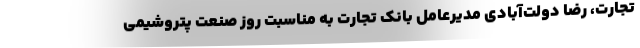
تجارت، رضا دولت‌آبادی مدیرعامل بانک تجارت به مناسبت روز صنعت پتروشیمی